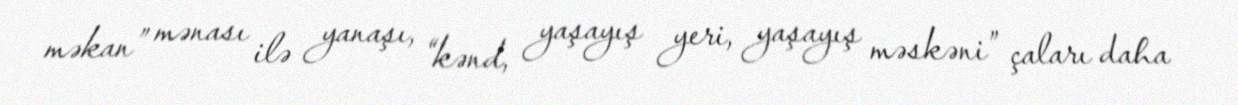
məkan” mənası ilə yanaşı, “kənd, yaşayış yeri, yaşayış məskəni” çaları daha